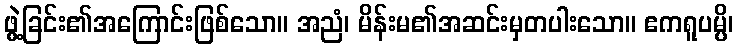
ဖွဲ့ခြင်း၏အကြောင်းဖြစ်သော။ အညံ၊ မိန်းမ၏အဆင်းမှတပါးသော။ ဧကရူပမ္ပိ၊